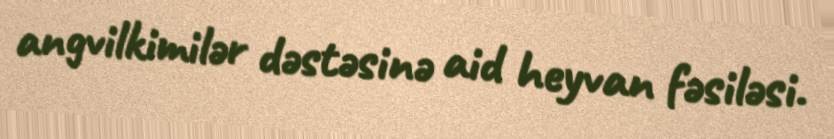
angvilkimilər dəstəsinə aid heyvan fəsiləsi.